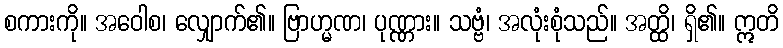
စကားကို။ အဝေါစ၊ လျှောက်၏။ ဗြာဟ္မဏ၊ ပုဏ္ဏား။ သဗ္ဗံ၊ အလုံးစုံသည်။ အတ္ထိ၊ ရှိ၏။ ဣတိ